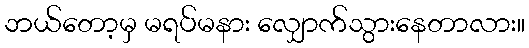
ဘယ်တော့မှ မရပ်မနား လျှောက်သွားနေတာလား။